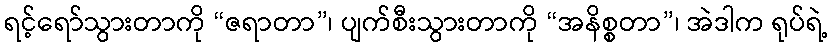
ရင့်ရော်သွားတာကို “ဇရာတာ”၊ ပျက်စီးသွားတာကို “အနိစ္စတာ”၊ အဲဒါက ရုပ်ရဲ့